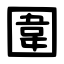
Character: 圍